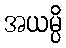
အယမ္ပိ